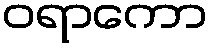
ဝရာကော